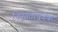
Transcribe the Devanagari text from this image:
निपुणतापूर्वक